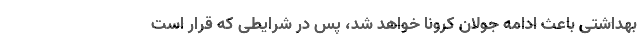
بهداشتی باعث ادامه جولان کرونا خواهد شد، پس در شرایطی که قرار است